Civil Veterinary Department. United Provinces 1932-42 - 1932-1942
Year: 1932
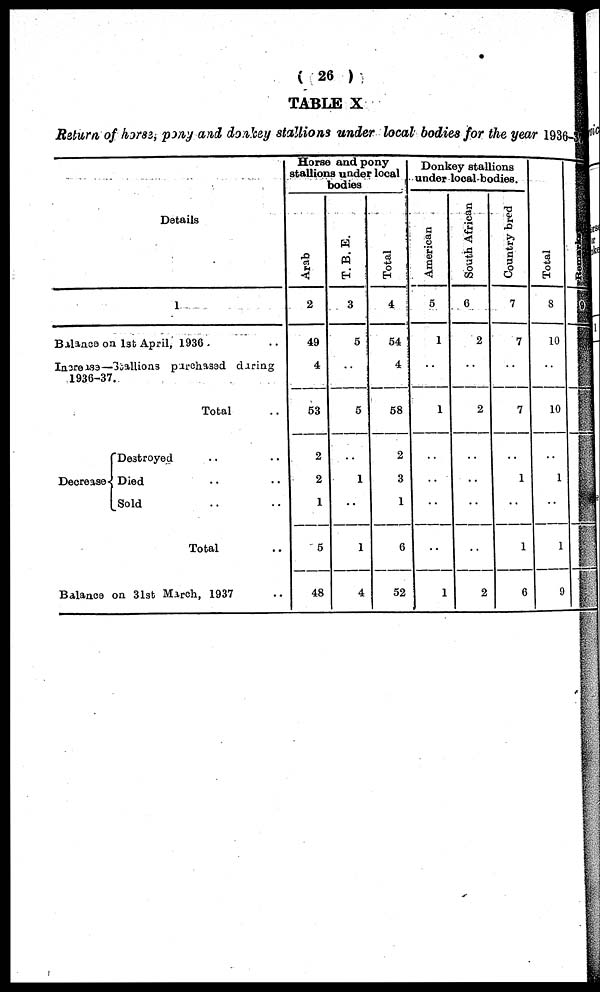
(26)
TABLE X
Return of horse, pony and donkey stallions under local bodies for the year 1936-
Details
1
Balance on 1st April, 1936 ..
Increase—Stallions purchased during
1936-37.
Total ..
Decrease
Destroyed .. ..
Died .. ..
Sold .. ..
Total ..
Balance on 31st March , 1937 ..
Horse and pony
stallions under local
bodies
Arab
2
49
4
53
2
2
1
5
48
T. B. E.
3
5
..
5
..
1
..
1
4
Total
4
54
4
58
2
3
1
6
52
Donkey stallions
under local bodies.
American
5
1
..
1
..
..
..
..
1
South African
6
2
..
2
..
..
..
..
2
Country bred
7
7
..
7
..
1
..
1
6
Tot al
8
10
..
10
..
1
..
1
9